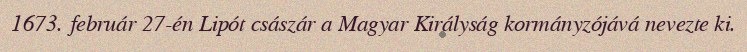
1673. február 27-én Lipót császár a Magyar Királyság kormányzójává nevezte ki.